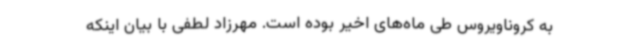
به کروناویروس طی ماه‌های اخیر بوده است. مهرزاد لطفی با بیان اینکه